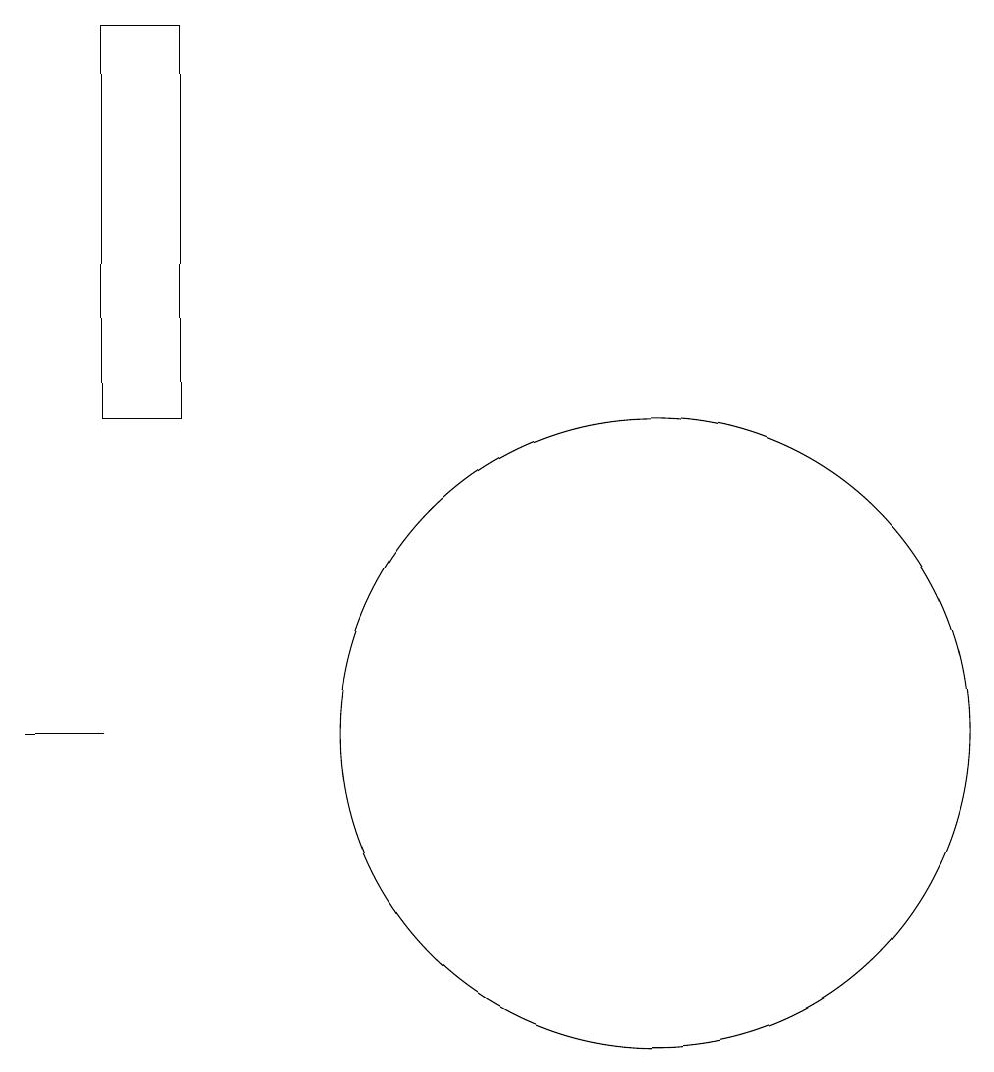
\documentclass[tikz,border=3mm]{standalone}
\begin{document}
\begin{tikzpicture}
\draw (4,19) rectangle (3,14);
\draw (3,10) rectangle (2,10);
\draw (10,10) circle (4);
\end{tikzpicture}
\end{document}